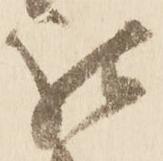
被